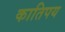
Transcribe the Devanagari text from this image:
कातिपय